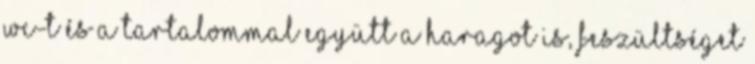
WC-t és a tartalommal együtt a haragot is, feszültséget